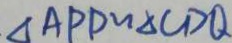
\Delta A P D \sim \Delta C D Q